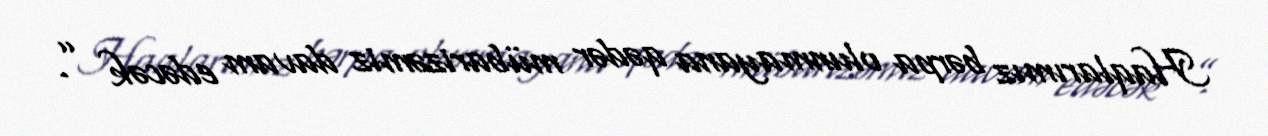
Haqlarımız bərpa olunmayana qədər mübarizəmiz davam edəcək ”.